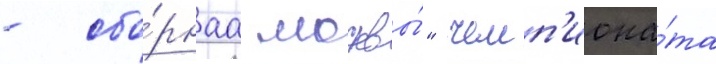
- сбо́рнаа москвы́" чемп'иона́та